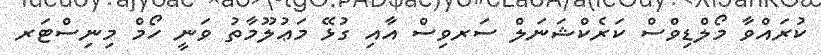
ކުރައްވާ މޯލްޑިވްސް ކަރެކްޝަނަލް ސަރވިސް އާއި ގުޅޭ މަޢުލޫމާތު ވަނީ ހޯމް މިނިސްޓަރ